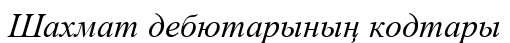
Шахмат дебютарының кодтары